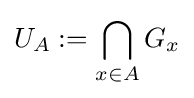
U_{A}:=\bigcap _{x\in A}G_{x}